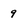
Character: 9